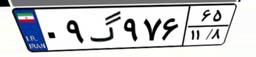
۸۳گ۵۸۲۵۲